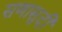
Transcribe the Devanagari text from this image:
सणासुदी